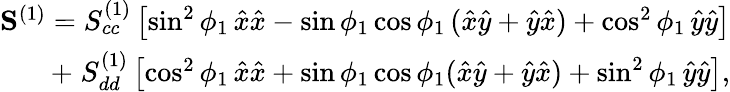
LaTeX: \begin{array}{r}{\mathbf{S}^{(1)}=S_{cc}^{(1)}\left[\sin^{2}\phi_{1}\, \hat{x}\hat{x}-\sin\phi_{1}\cos\phi_{1}\, (\hat{x}\hat{y}+\hat{y}\hat{x})+\cos^{2}\phi_{1}\, \hat{y}\hat{y}\right]}\\ {+\; S_{dd}^{(1)}\left[\cos^{2}\phi_{1}\, \hat{x}\hat{x}+\sin\phi_{1}\cos\phi_{1}(\hat{x}\hat{y}+\hat{y}\hat{x})+\sin^{2}\phi_{1}\, \hat{y}\hat{y}\right],}\end{array}